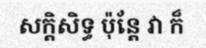
សក្តិសិទ្ធ ប៉ុន្តែ វា ក៏